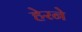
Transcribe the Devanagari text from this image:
हेरने